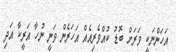
އަހަންނަކީ ވަރަށް ބޮޑު ކުއްވެރިއެއް އަހަރެން ވަނީ ނުހާ އަރީކާ އަދި